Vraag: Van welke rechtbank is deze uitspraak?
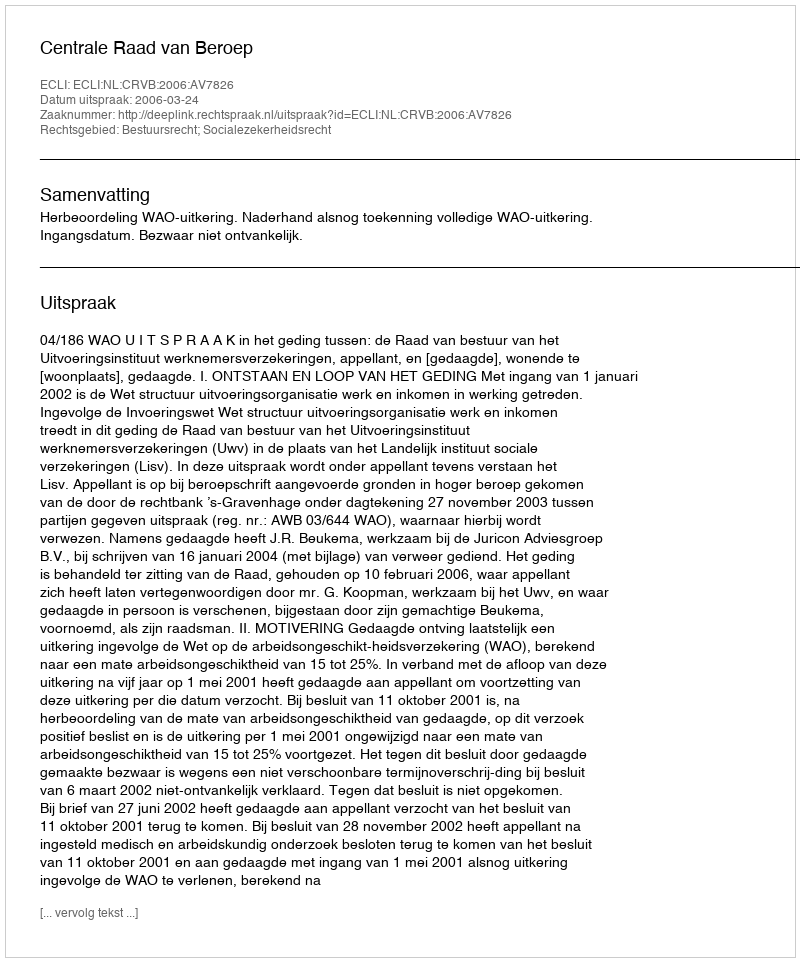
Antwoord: Centrale Raad van Beroep